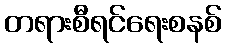
တရားစီရင်ရေးစနစ်